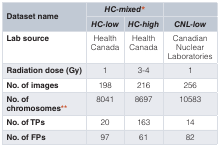
<table><thead><tr><td rowspan="2"><b>Dataset name</b></td><td colspan="2"><b><i>HC-mixed*</i></b></td><td></td></tr><tr><td><b><i>HC-low</i></b></td><td><b><i>HC-high</i></b></td><td><b><i>CNL-low</i></b></td></tr></thead><tbody><tr><td><b>Lab source</b></td><td>HealthCanada</td><td>HealthCanada</td><td>CanadianNuclearLaboratories</td></tr><tr><td><b>Radiation dose (Gy)</b></td><td>1</td><td>3-4</td><td>1</td></tr><tr><td><b>No. of images</b></td><td>198</td><td>216</td><td>256</td></tr><tr><td><b>No. of</b><b>chromosomes**</b></td><td>8041</td><td>8697</td><td>10583</td></tr><tr><td><b>No. of TPs</b></td><td>20</td><td>163</td><td>14</td></tr><tr><td><b>No. of FPs</b></td><td>97</td><td>61</td><td>82</td></tr></tbody></table>